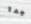
جدا